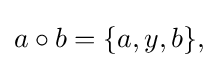
\displaystyle {a\circ b=\{a,y,b\},}